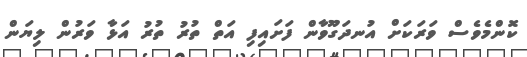
ކޮންމެވެސް ވަރަކަށް އުނދަގޫވާން ފަށައިފި އަތް ތުރު ތުރު އަޅާ ވަރުން ލިޔަން